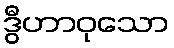
ဒွီဟာဝုသော